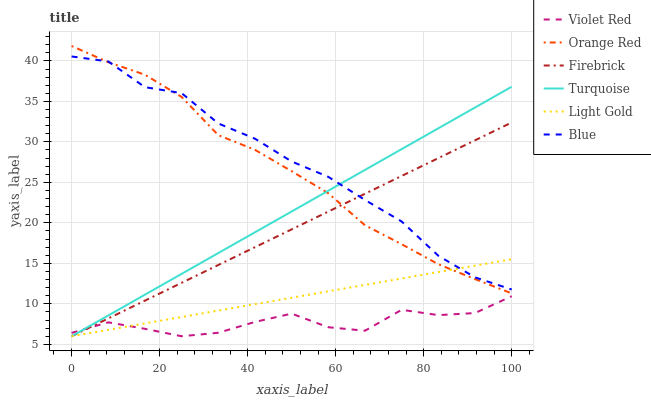
| xaxis_label | Violet Red | Orange Red | Firebrick | Turquoise | Light Gold | Blue |
 | --- | --- | --- | --- | --- | --- | --- |
 | 0 | 6.41 | 41.8 | 6 | 6 | 6 | 40.6 |
 | 8.33 | 7.72 | 39.8 | 8.2 | 8.57 | 6.79 | 39.9 |
 | 16.7 | 6.92 | 38.3 | 10.4 | 11.1 | 7.59 | 36.8 |
 | 25 | 6 | 35.6 | 12.6 | 13.7 | 8.38 | 36 |
 | 33.3 | 6.43 | 30.8 | 14.8 | 16.3 | 9.17 | 32.3 |
 | 41.7 | 7.77 | 29 | 17 | 18.8 | 9.96 | 30.4 |
 | 50 | 8.79 | 26.4 | 19.2 | 21.4 | 10.8 | 27.6 |
 | 58.3 | 7.11 | 23.7 | 21.4 | 24 | 11.5 | 25.7 |
 | 66.7 | 6.68 | 19.7 | 23.6 | 26.5 | 12.3 | 22.8 |
 | 75 | 9.27 | 17.4 | 25.8 | 29.1 | 13.1 | 20.2 |
 | 83.3 | 8.61 | 14.9 | 28 | 31.7 | 13.9 | 15.9 |
 | 91.7 | 8.87 | 13.1 | 30.2 | 34.2 | 14.7 | 13.3 |
 | 100 | 10.9 | 11.3 | 32.4 | 36.8 | 15.5 | 11.8 |